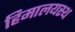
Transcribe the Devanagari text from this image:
हिमालयस्थ